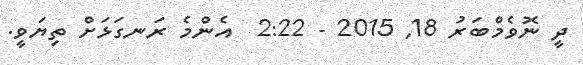
ދީ ނޮވެމްބަރު 18